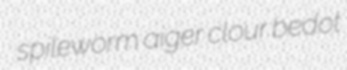
spileworm aiger clour bedot